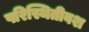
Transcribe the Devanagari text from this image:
परिस्थितीवश